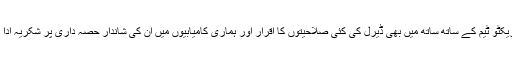
“کوٹی کی ایگزیکٹو ٹیم کے ساتھ ساتھ میں بھی ڈیرل کی کئی صلاحیتوں کا اقرار اور ہماری کامیابیوں میں ان کی شاندار حصہ داری پر شکریہ ادا کرنا چاہوں گا۔